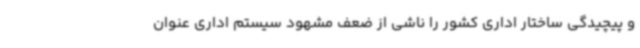
و پیچیدگی ساختار اداری کشور را ناشی از ضعف مشهود سیستم اداری عنوان